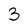
Character: 3